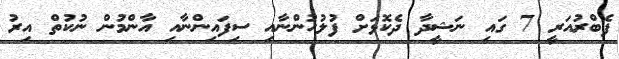
ފެބްރުއަރީ 7 ގައި ނަޝީދާ ދެކޮޅަށް ފުލުހުންނާއި ސިފައިންނާއި އާންމުން ނުކުތް އިރު